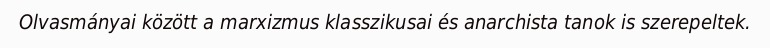
Olvasmányai között a marxizmus klasszikusai és anarchista tanok is szerepeltek.